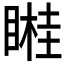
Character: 𥉯